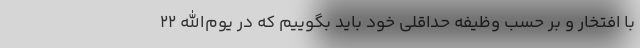
با افتخار و بر حسب وظیفه حداقلی خود باید بگوییم که در یوم‌الله ۲۲